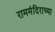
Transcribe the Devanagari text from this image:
राममंदिराच्या